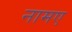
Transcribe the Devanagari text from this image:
नामए